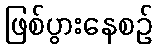
ဖြစ်ပွားနေစဉ်